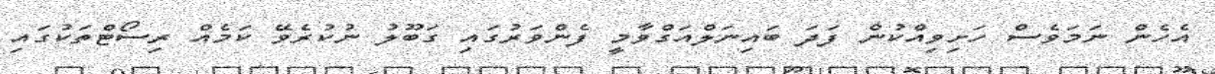
އެހެން ނަމަވެސް ހަށިވިއްކުން ފަދަ ބައިނަލްއަގްވާމީ ފެންވަރުގައި ގަބޫލު ނުކުރެވޭ ކަމެއް ރިސޯޓްތަކުގައި